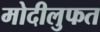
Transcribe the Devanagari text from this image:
मोदीलुफत